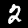
Digit: 2